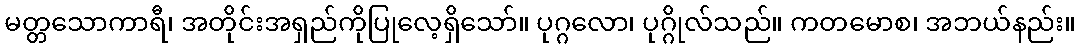
မတ္တသောကာရီ၊ အတိုင်းအရှည်ကိုပြုလေ့ရှိသော်။ ပုဂ္ဂလော၊ ပုဂ္ဂိုလ်သည်။ ကတမောစ၊ အဘယ်နည်း။